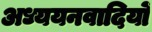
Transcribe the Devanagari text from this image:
अध्ययनवादियों